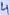
Text: 4